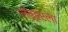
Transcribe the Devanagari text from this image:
लॅव्हरला